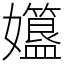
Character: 孂